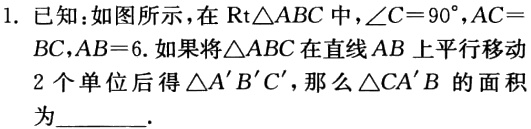
1. 已知：如图所示，在$\text{Rt}\triangle ABC$中，$\angle C = 90^{\circ}$，$AC = BC$，$AB = 6$. 如果将$\triangle ABC$在直线$AB$上平行移动$2$个单位后得$\triangle A'B'C'$，那么$\triangle CA'B$的面积为______.